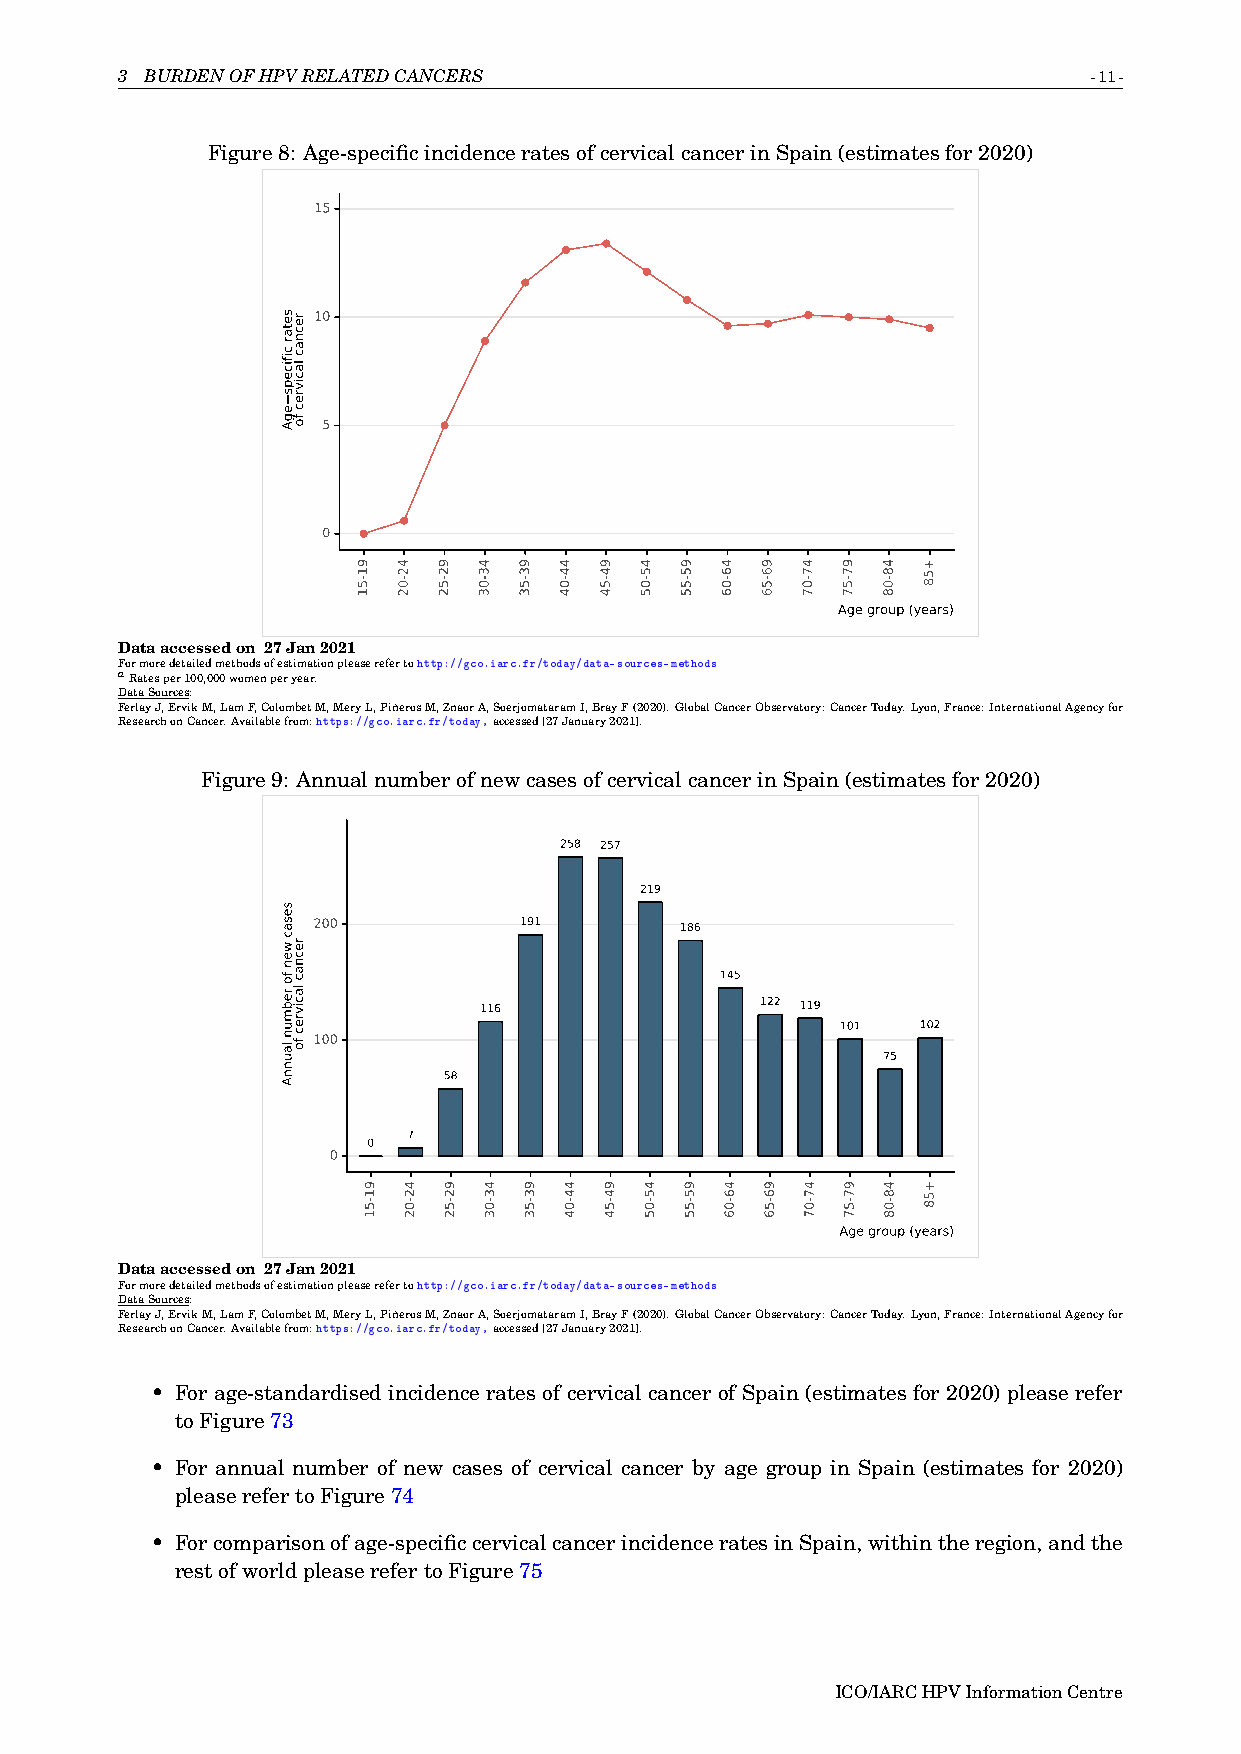
3 BURDENOFHPVRELATEDCANCERS                                     -11-
 Figure8: Age-specificincidenceratesofcervicalcancerinSpain(estimatesfor2020)
 15
 10
 5
 0
 Age group (years)
 Dataaccessedon 27Jan2021
 Formoredetailedmethodsofestimationpleaserefertohttp://gco.iarc.fr/today/data-sources-methods
 aRatesper100,000womenperyear.
 DataSources:
 FerlayJ,ErvikM,LamF,ColombetM,MeryL,PiñerosM,ZnaorA,SoerjomataramI,BrayF(2020).GlobalCancerObservatory:CancerToday.Lyon,France:InternationalAgencyfor
 ResearchonCancer.Availablefrom:https://gco.iarc.fr/today,accessed[27January2021].
 Figure9: AnnualnumberofnewcasesofcervicalcancerinSpain(estimatesfor2020)
 258 257
 219
 200          191        186
 145
 116               122 119
 101  102
 100
 75
 58
 7
 0
 0
 Age group (years)
 Dataaccessedon 27Jan2021
 Formoredetailedmethodsofestimationpleaserefertohttp://gco.iarc.fr/today/data-sources-methods
 DataSources:
 FerlayJ,ErvikM,LamF,ColombetM,MeryL,PiñerosM,ZnaorA,SoerjomataramI,BrayF(2020).GlobalCancerObservatory:CancerToday.Lyon,France:InternationalAgencyfor
 ResearchonCancer.Availablefrom:https://gco.iarc.fr/today,accessed[27January2021].
 • For age-standardised incidence rates of cervical cancer of Spain (estimates for 2020) please refer
 toFigure73
 • For annual number of new cases of cervical cancer by age group in Spain (estimates for 2020)
 pleaserefertoFigure74
 • Forcomparisonofage-specificcervicalcancerincidenceratesinSpain,withintheregion,andthe
 restofworldpleaserefertoFigure75
 ICO/IARCHPVInformationCentre
 setar
 cificeps
 egA
 sesac
 wen
 fo
 rebmun
 launnA
 recnac
 lacivrec
 fo
 recnac
 lacivrec
 fo
 91-51
 91-51
 42-02
 42-02
 92-52
 92-52
 43-03
 43-03
 93-53
 93-53
 44-04
 44-04
 94-54
 94-54
 45-05
 45-05
 95-55
 95-55
 46-06
 46-06
 96-56
 96-56
 47-07
 47-07
 97-57
 97-57
 48-08
 48-08
 +58
 +58